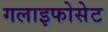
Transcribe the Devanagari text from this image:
गलाइफोसेट